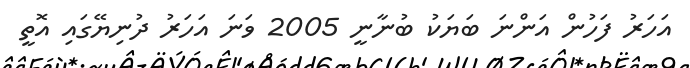
އަހަރު ފަހުން އަންނަ ބަޔަކު ބުނާނީ 2005 ވަނަ އަހަރު ދުނިޔޭގައި އޮތީ